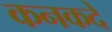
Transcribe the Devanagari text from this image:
कनकदे